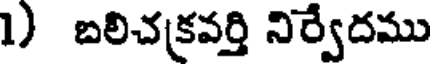
1) బలిచక్రవర్తి నిర్వేదము